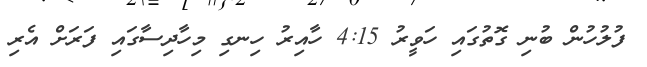
ފުލުހުން ބުނި ގޮތުގައި ހަވީރު 4:15 ހާއިރު ހިނގި މިހާދިސާގައި ފަރަށް އެރި